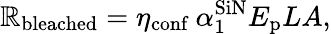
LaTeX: \mathbb{R}_{\textrm{{bleached}}}=\eta_{\textrm{{conf}}}\ \alpha_{1}^{\textrm{{SiN}}}E_{\textrm{{p}}}LA,